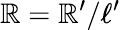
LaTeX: \mathbb{R}=\mathbb{R}^{\prime}/\ell^{\prime}